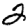
Digit: 2